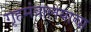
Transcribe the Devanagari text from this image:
गृहमंत्रालयाचा